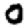
Digit: 0